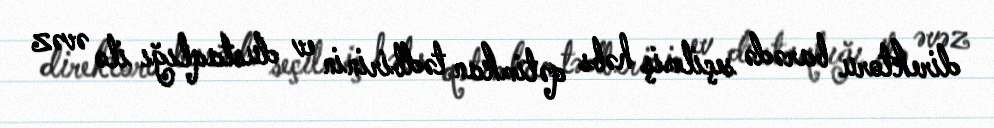
direktoru barədə seçilmiş həbs qətimkan tədbirinin ev dustaqlığı ilə əvəz